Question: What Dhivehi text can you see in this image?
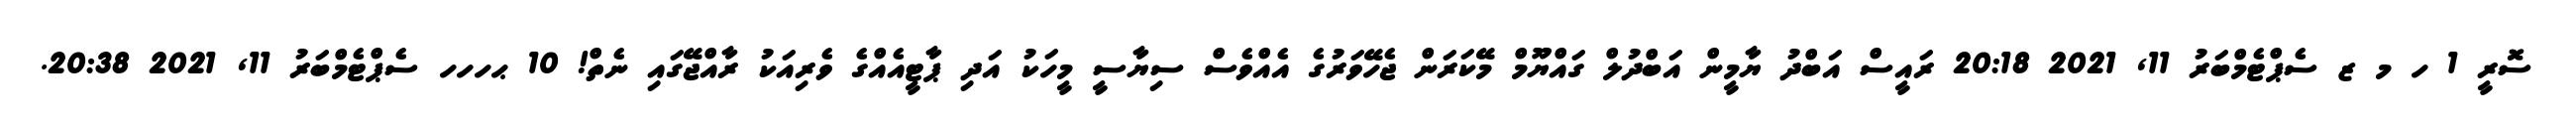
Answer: ސޮރީ 1 ހ މ ޒ ސެޕްޓެމްބަރު 11, 2021 20:18 ރައީސް އަބްދު ޔާމީން އަބްދުލް ގައްޔޫމް މޭކަރަން ޖެހޭވަރުގެ އެއްވެސް ސިޔާސީ މީހަކު އަދި ޕާޓީއެއްގެ ވެރިއަކު ރާއްޖޭގައި ނެތް! 10 ޙހހހ ސެޕްޓެމްބަރު 11, 2021 20:38.